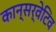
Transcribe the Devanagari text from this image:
कान्सर्वेटिव